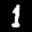
Label: 1